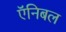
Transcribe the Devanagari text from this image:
ऍनिबल